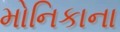
મોનિકાના